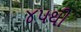
૪૫થી